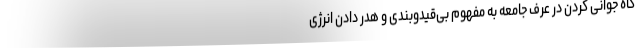
گاه جوانی کردن در عرف جامعه به مفهوم بی‌قیدوبندی و هدر دادن انرژی